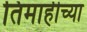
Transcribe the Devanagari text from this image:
तिमाहीच्या